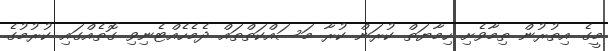
މީގެ އިތުރުން ތިމާވެށި ހިމާޔަތް ކުރަން ކުރާ މަސައްކަތްތައް ދެމެހެއްޓެނިވި ގޮތެއްގައި ކުރުމުގެ